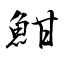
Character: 魽